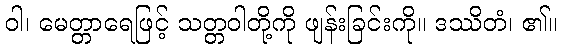
ဝါ၊ မေတ္တာရေဖြင့် သတ္တဝါတို့ကို ဖျန်းခြင်းကို။ ဒဿိတံ၊ ၏။